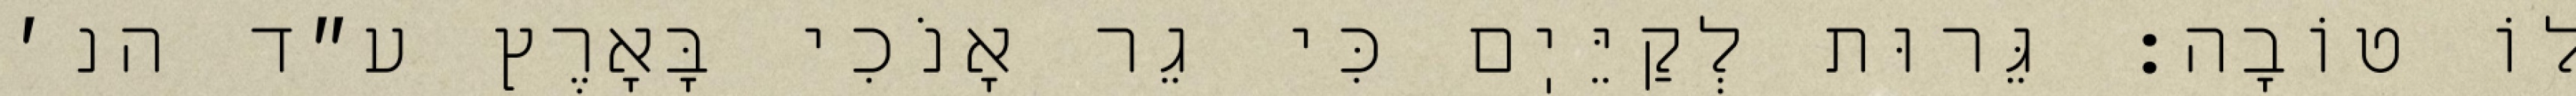
לוֹ טוֹבָה: גֵּרוּת לְקַיֵּיֽם כִּי גֵר אָנֹכִי בָּאָרֶץ ע״ד הנ׳